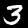
Label: 3